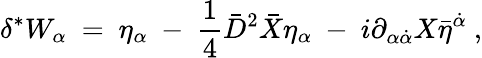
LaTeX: \delta^{*}W_{\alpha}\ =\ \eta_{\alpha}\ -\ {\frac{1}{4}}\bar{D}^{2}\bar{X}\eta_{\alpha}\ -\ i\partial_{\alpha\dot{\alpha}}X\bar{\eta}^{\dot{\alpha}}\ ,